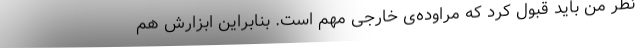
نظر من باید قبول کرد که مراوده‌ی خارجی مهم است. بنابراین ابزارش هم